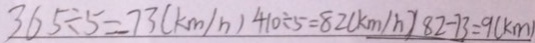
3 6 5 \div 5 = 7 3 ( k m / h ) 4 1 0 \div 5 = 8 2 ( k m / h ) 8 2 - 7 3 = 9 ( k m )